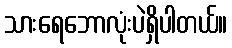
သားရေဘောလုံးပဲရှိပါတယ်။